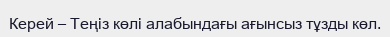
Керей – Теңіз көлі алабындағы ағынсыз тұзды көл.